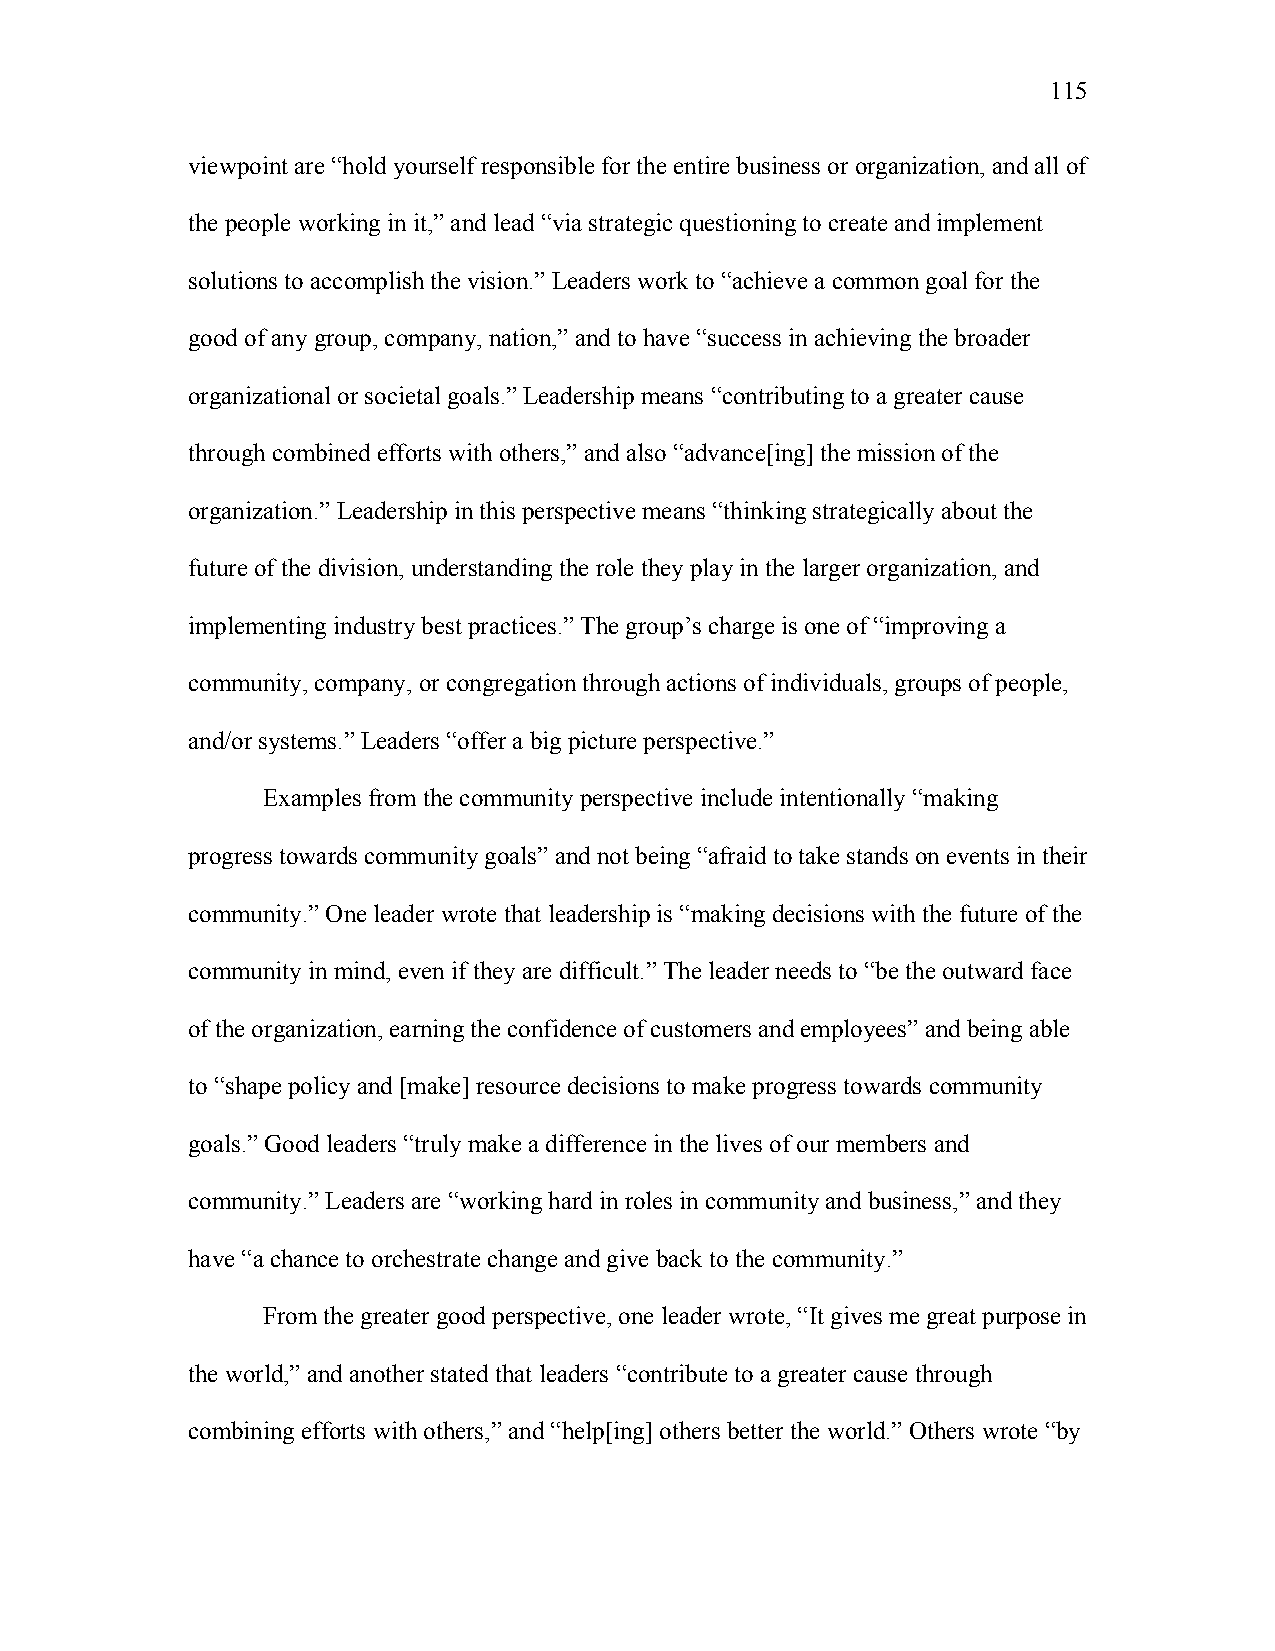
115
 viewpoint are “hold yourself responsible for the entire business or organization, and all of
 the people working in it,” and lead “via strategic questioning to create and implement
 solutions to accomplish the vision.” Leaders work to “achieve a common goal for the
 good of any group, company, nation,” and to have “success in achieving the broader
 organizational or societal goals.” Leadership means “contributing to a greater cause
 through combined efforts with others,” and also “advance[ing] the mission of the
 organization.” Leadership in this perspective means “thinking strategically about the
 future of the division, understanding the role they play in the larger organization, and
 implementing industry best practices.” The group’s charge is one of “improving a
 community, company, or congregation through actions of individuals, groups of people,
 and/or systems.” Leaders “offer a big picture perspective.”
 Examples from the community perspective include intentionally “making
 progress towards community goals” and not being “afraid to take stands on events in their
 community.” One leader wrote that leadership is “making decisions with the future of the
 community in mind, even if they are difficult.” The leader needs to “be the outward face
 of the organization, earning the confidence of customers and employees” and being able
 to “shape policy and [make] resource decisions to make progress towards community
 goals.” Good leaders “truly make a difference in the lives of our members and
 community.” Leaders are “working hard in roles in community and business,” and they
 have “a chance to orchestrate change and give back to the community.”
 From the greater good perspective, one leader wrote, “It gives me great purpose in
 the world,” and another stated that leaders “contribute to a greater cause through
 combining efforts with others,” and “help[ing] others better the world.” Others wrote “by